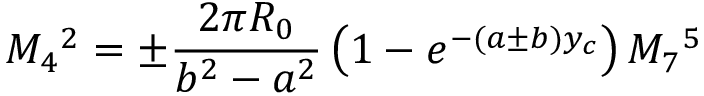
M _ { 4 } { } ^ { 2 } = \pm \frac { 2 \pi R _ { 0 } } { b ^ { 2 } - a ^ { 2 } } \left( 1 - e ^ { - ( a \pm b ) y _ { c } } \right) M _ { 7 } { } ^ { 5 }